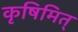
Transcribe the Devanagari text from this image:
कृषिमित्